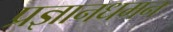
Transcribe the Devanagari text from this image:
प्रज्ञानधमन